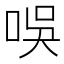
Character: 𠱐